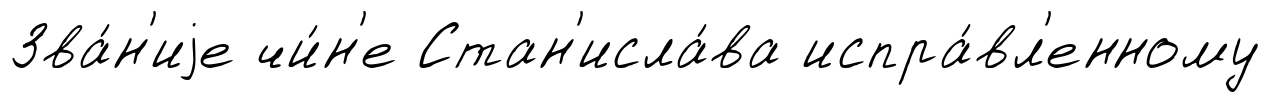
Зва́н'иjе чи́н'е Стан'исла́ва испра́вл'енному